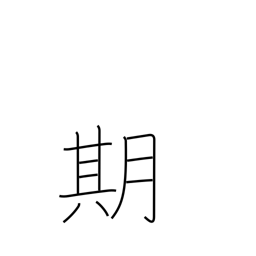
Meaning: time